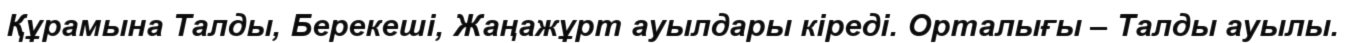
Құрамына Талды, Берекеші, Жаңажұрт ауылдары кіреді. Орталығы – Талды ауылы.